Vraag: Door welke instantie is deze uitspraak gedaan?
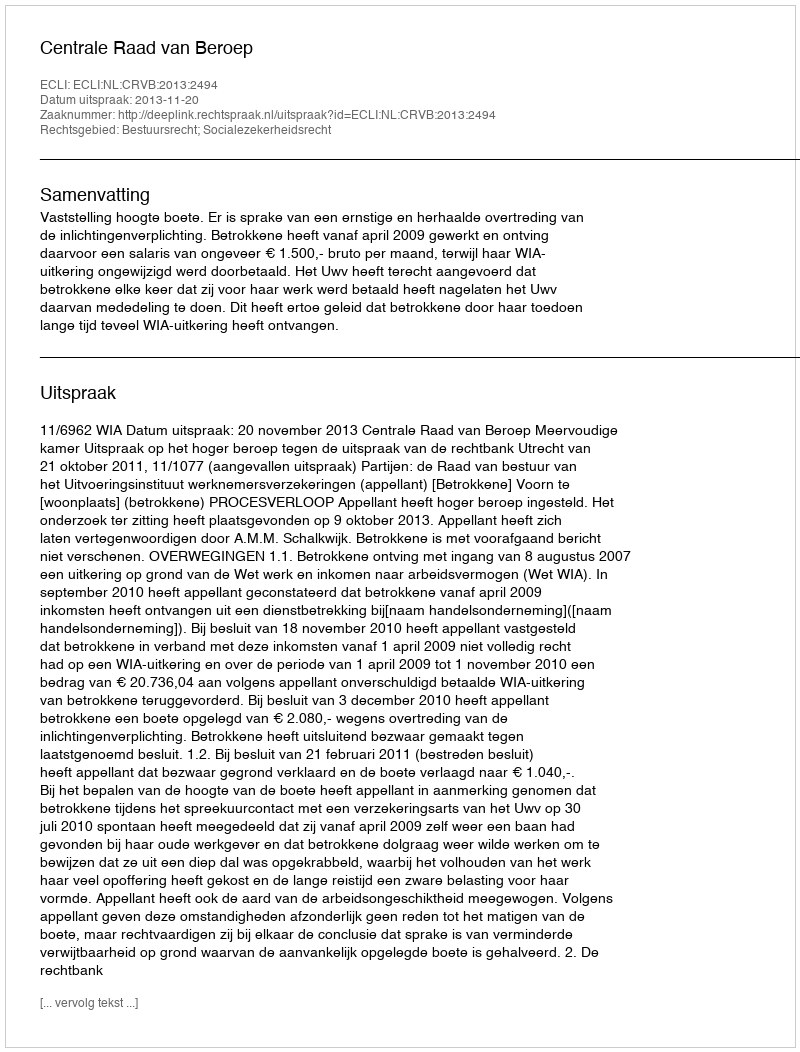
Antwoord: Centrale Raad van Beroep